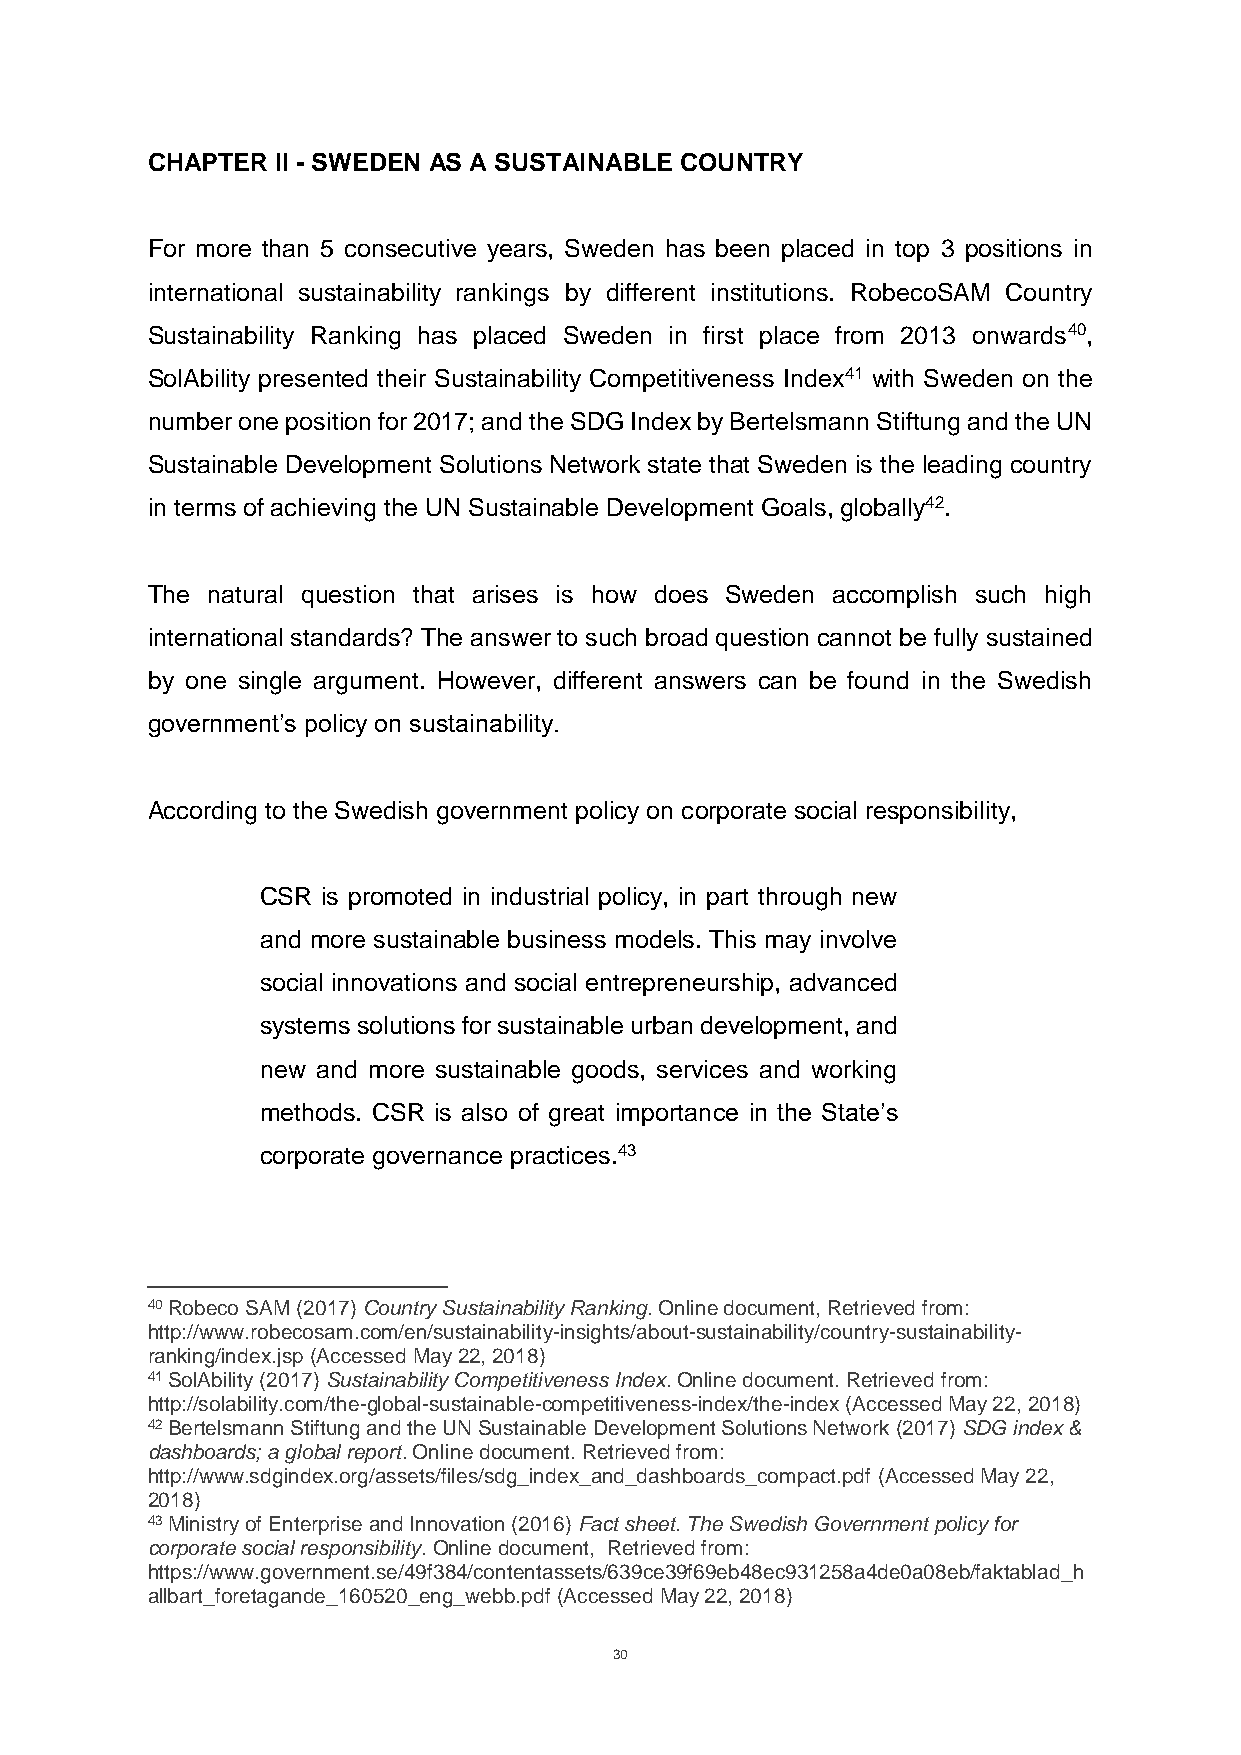
CHAPTER II - SWEDEN AS A SUSTAINABLE COUNTRY
 For more than 5 consecutive years, Sweden has been placed in top 3 positions in
 international sustainability rankings by different institutions. RobecoSAM Country
 Sustainability Ranking has placed Sweden in first place from 2013 onwards40,
 SolAbility presented their Sustainability Competitiveness Index41 with Sweden on the
 number one position for 2017; and the SDG Index by Bertelsmann Stiftung and the UN
 Sustainable Development Solutions Network state that Sweden is the leading country
 in terms of achieving the UN Sustainable Development Goals, globally42.
 The natural question that arises is how does Sweden accomplish such high
 international standards? The answer to such broad question cannot be fully sustained
 by one single argument. However, different answers can be found in the Swedish
 government’s policy on sustainability.
 According to the Swedish government policy on corporate social responsibility,
 CSR is promoted in industrial policy, in part through new
 and more sustainable business models. This may involve
 social innovations and social entrepreneurship, advanced
 systems solutions for sustainable urban development, and
 new and more sustainable goods, services and working
 methods. CSR is also of great importance in the State’s
 corporate governance practices.43
 40 Robeco SAM (2017) Country Sustainability Ranking. Online document, Retrieved from:
 http://www.robecosam.com/en/sustainability-insights/about-sustainability/country-sustainability-
 ranking/index.jsp (Accessed May 22, 2018)
 41 SolAbility (2017) Sustainability Competitiveness Index. Online document. Retrieved from:
 http://solability.com/the-global-sustainable-competitiveness-index/the-index (Accessed May 22, 2018)
 42 Bertelsmann Stiftung and the UN Sustainable Development Solutions Network (2017) SDG index &
 dashboards; a global report. Online document. Retrieved from:
 http://www.sdgindex.org/assets/files/sdg_index_and_dashboards_compact.pdf (Accessed May 22,
 2018)
 43 Ministry of Enterprise and Innovation (2016) Fact sheet. The Swedish Government policy for
 corporate social responsibility. Online document, Retrieved from:
 https://www.government.se/49f384/contentassets/639ce39f69eb48ec931258a4de0a08eb/faktablad_h
 allbart_foretagande_160520_eng_webb.pdf (Accessed May 22, 2018)
 30